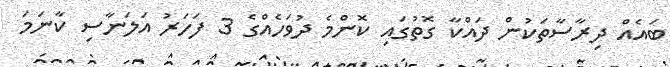
ބައެއް ދިރާސާތަކުން ދައްކާ ގޮތުގައި ކޮންމެ ދުވަހެއްގެ 3 ފަހަރު އަލަނާސި ކާނަމަ